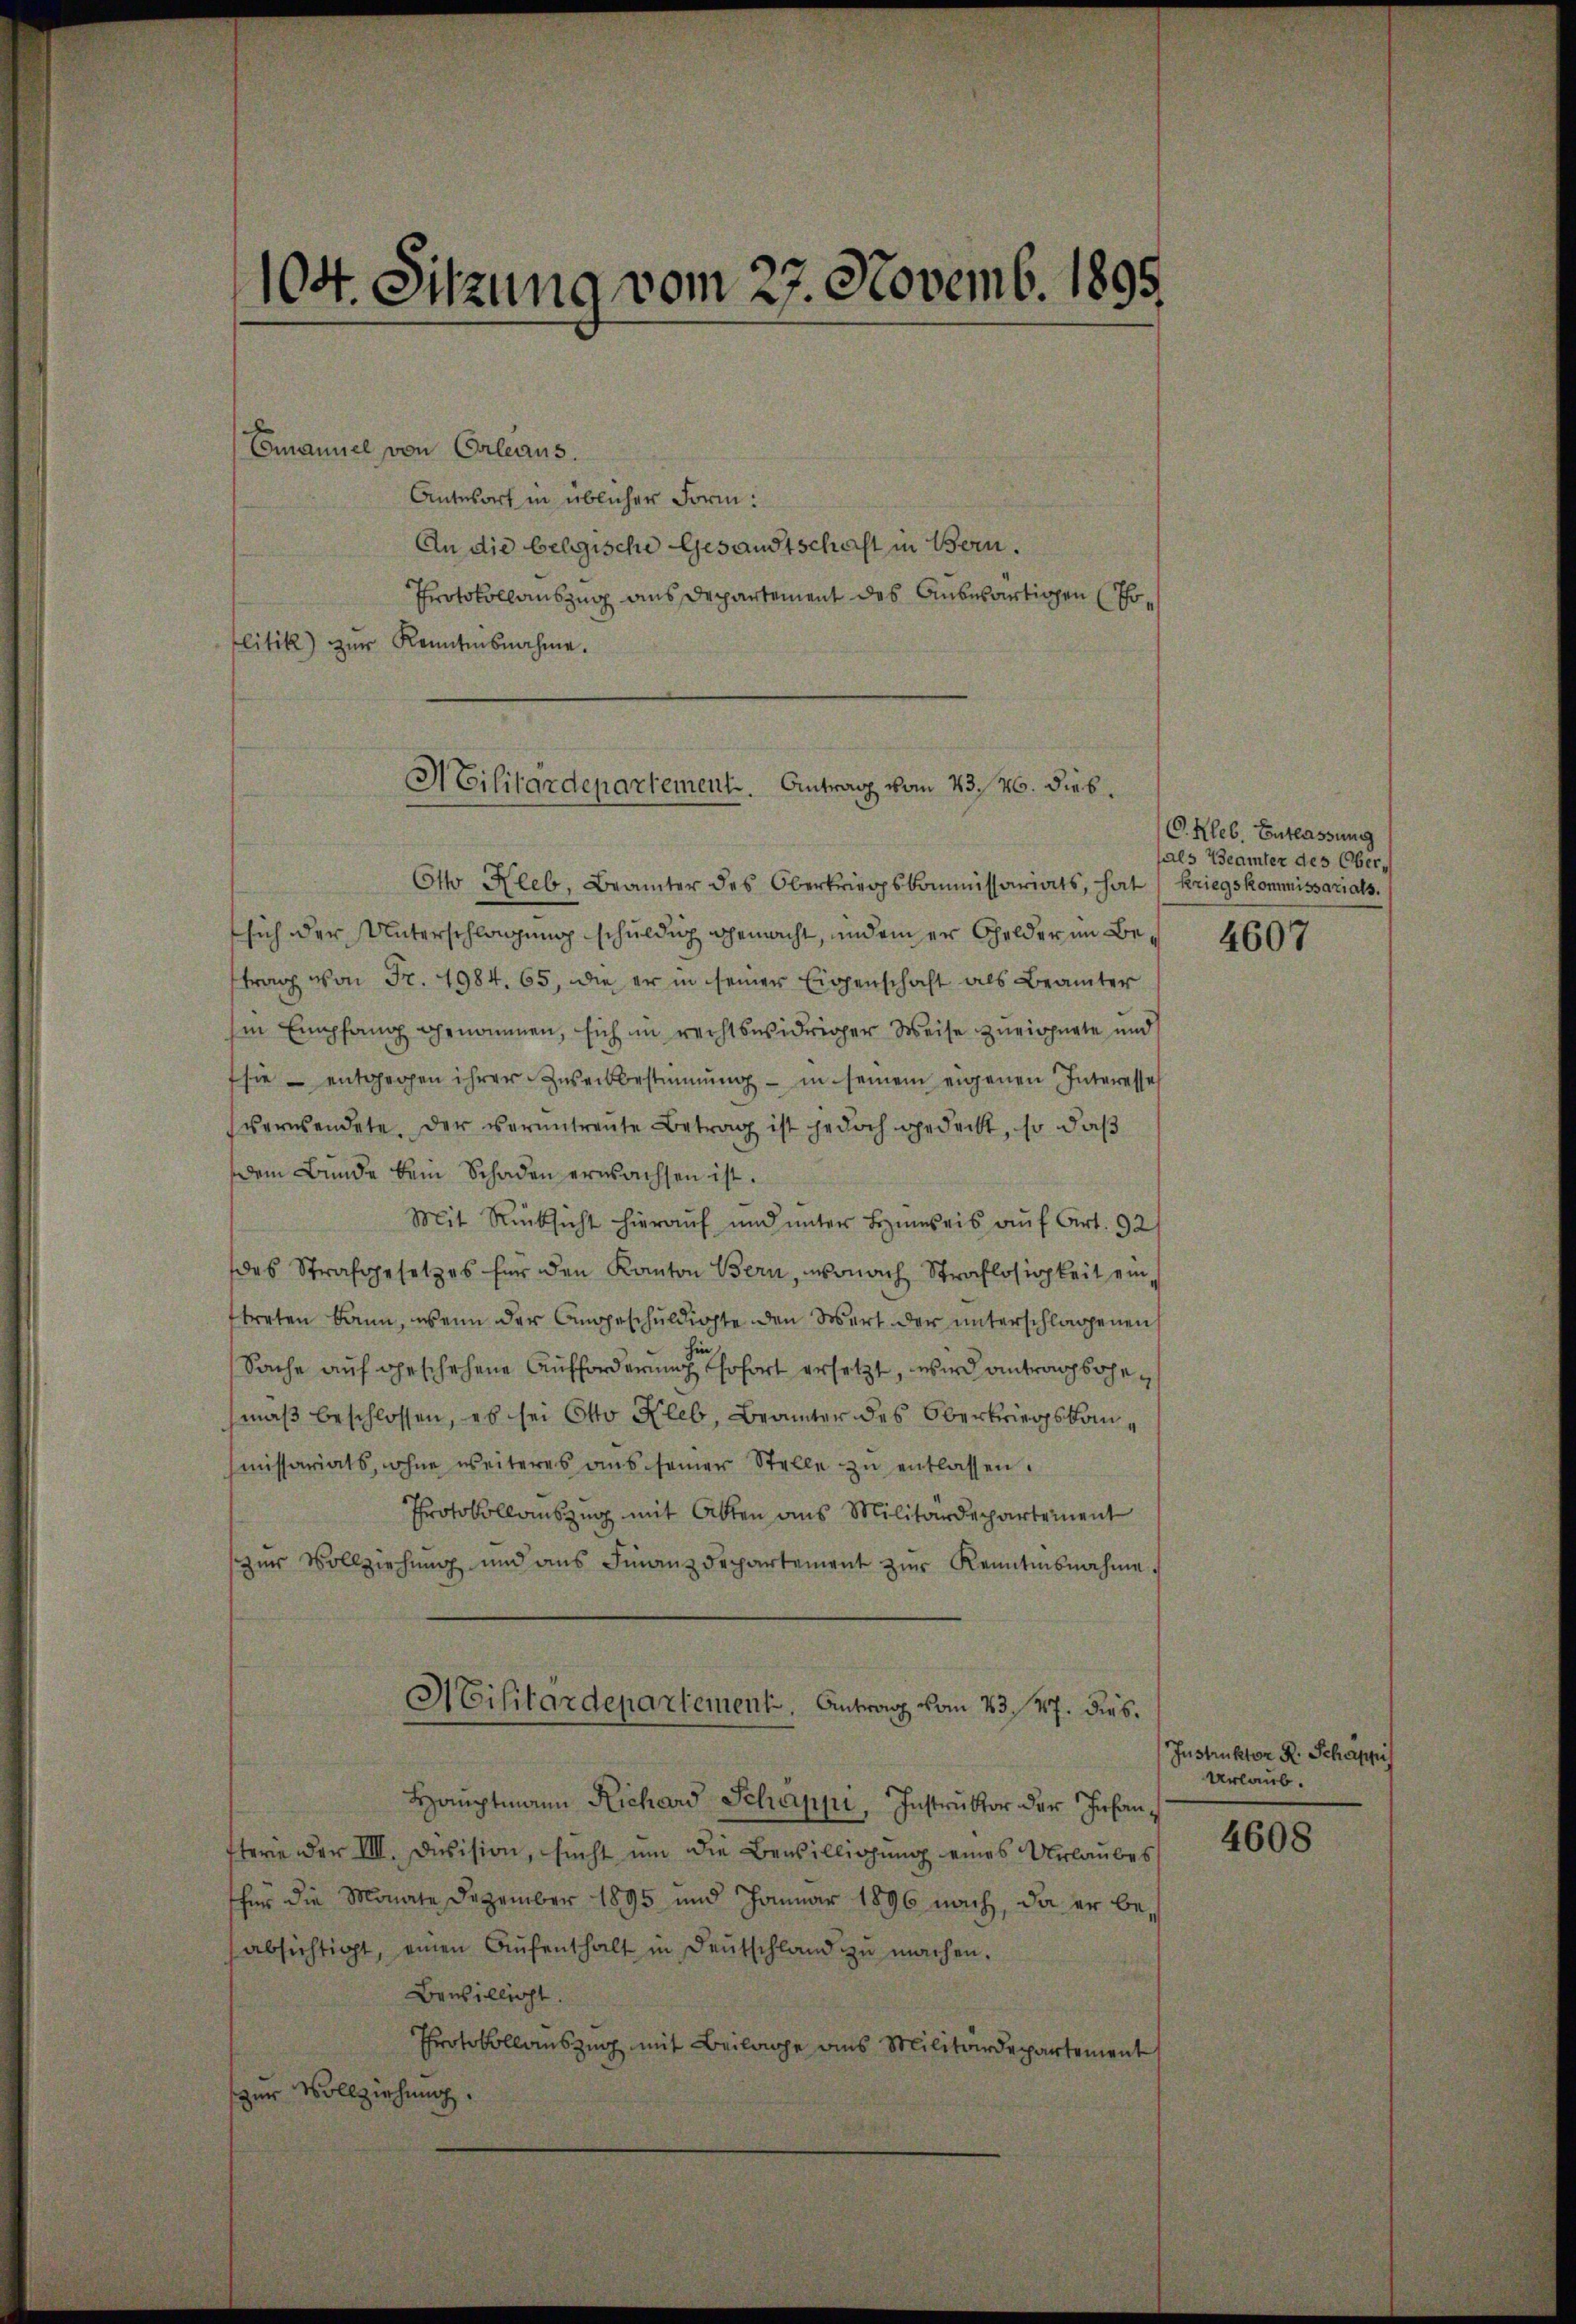
104. Sitzung vom 27. Novemb. 1895

Emanuel von Orleans.
Antwort in üblicher Form:
An die belgische Gesandtschaft in Bern.
Protokollauszug aus Departement des Anbewärtigen (Tholitik) zŭr Kenntnisnahme.

Militärdepartement. Antrag vom 23. 26. dies.

Otto Rleb. Beamter des Oberkriegskommissariats, hat (Kriegskommissariats.
sich der Unterschlagung schuldig gemacht, und einer Gelder im Beftrag von Fr. 1984. 65, die er in seiner Eigenschaft als Beamter
Im Empfang genommen, sich im rechtswidriger Weise zueignete und
sie entgegen ihrer Zweikbestimmung - in seinem eigenen Interesse
verwendete. Der veruntreute Betrag ist jedoch gedeckt, so daß
dem Bunde bein Schaden erwachsen ist.
Mit Rücksicht hierauf und unter Beweis auf Art. 92
des Strafgesetzes für den Kanton Bern, wonach Straflosigkeit einftreten kann, wenn der Angeschuldigte den Wert der unterschlagenen
hin
Sache auf geschehene Aufforderung sofort ersetzt, wird antrag sahen
mäß beschlossen, es sei Otto Kleb, Brämter des Oberkriegskammissariats, ohne weiteres aus seiner Stelle zu entlassen.
Protokollauszug mit Alten aus Militärdepartement
zŭr Vollziehŭng und ans Finanzdepartement zŭr Kenntnisnahme.
Militärdepartement. Antrag vom 23. 47. dies¬
Hauptmann Richard Schäppi, Instruktor der Infanftere der III. Division, sucht um die Bewilligung eines Urlaubes
für die Monate Dezember 1895 und Januar 1896 nach, da er be-
absichtigt, einen Aŭfenthalt in Deutschland zŭ machen.
Bewillicht
Protokollauszug mit Beilage aus Militärdepartement
zur Vollziehung.

C. Kleb. Entlassung
als Beamter des Ober¬

4607

Instruktor R. Schappil
Urlaub.

4608